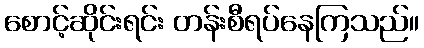
စောင့်ဆိုင်းရင်း တန်းစီရပ်နေကြသည်။